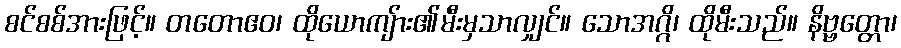
စင်စစ်အားဖြင့်။ တတောဧဝ၊ ထိုယောကျ်ား၏မီးမှသာလျှင်။ သောအဂ္ဂိ၊ ထိုမီးသည်။ နိဗ္ဗတ္တော၊